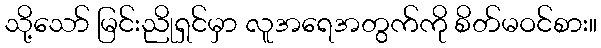
သို့သော် မြင်းညိုရှင်မှာ လူအရေအတွက်ကို စိတ်မဝင်စား။